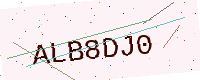
Text: ALB8DJ0